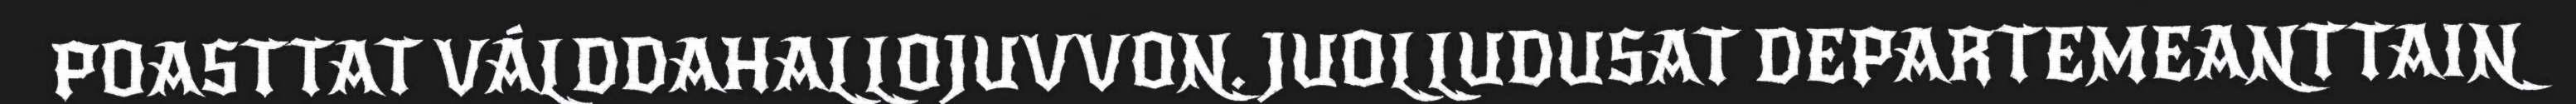
POASTTAT VÁLDDAHALLOJUVVON. JUOLLUDUSAT DEPARTEMEANTTAIN